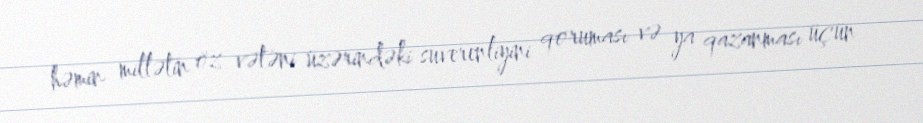
həmin millətin öz vətəni üzərindəki suverenliyini qoruması və ya qazanması üçün